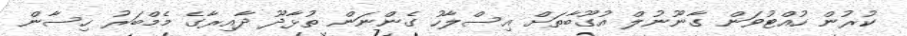
ކުރުން ހުއްޓުވަން ގާނޫނުލް އުގޫބާތަށް އިސްލާހު ގެންނަން ތުޅާދޫ ދާއިރާގެ މެމްބަރު ހިސާން